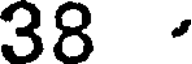
38 -